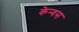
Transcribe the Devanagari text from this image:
केन्वस